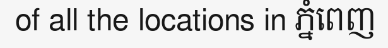
of all the locations in ភ្នំពេញ